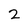
Character: 2